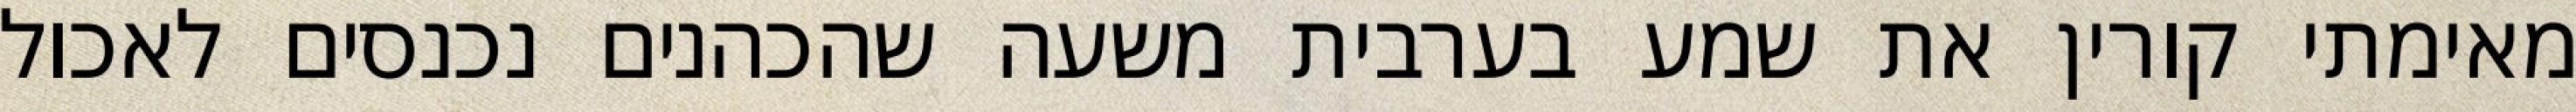
מאימתי קורין את שמע בערבית משעה שהכהנים נכנסים לאכול